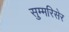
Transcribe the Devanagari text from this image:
सुम्मरिसेर